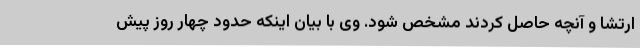
ارتشا و آنچه حاصل کردند مشخص شود. وی با بیان اینکه حدود چهار روز پیش